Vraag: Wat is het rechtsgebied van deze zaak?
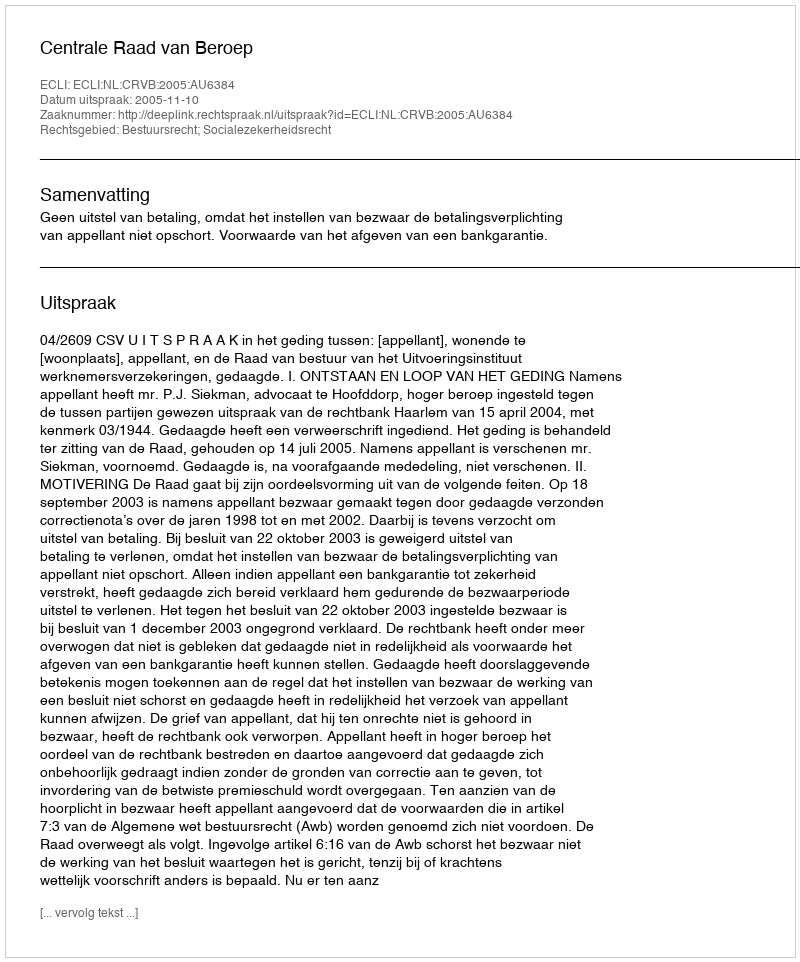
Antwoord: Bestuursrecht; Socialezekerheidsrecht